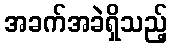
အခက်အခဲရှိသည့်